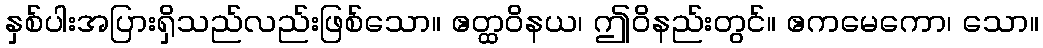
နှစ်ပါးအပြားရှိသည်လည်းဖြစ်သော။ ဧတ္ထဝိနယ၊ ဤဝိနည်းတွင်။ ဧကမေကော၊ သော။